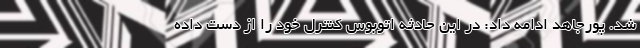
شد. پورجاهد ادامه داد: در این حادثه اتوبوس کنترل خود را از دست داده